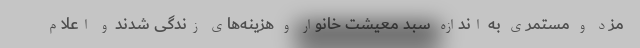
مزد و مستمری به اندازه سبد معیشت خانوار و هزینه‌های زندگی شدند و اعلام